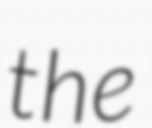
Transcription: the